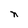
Character: n